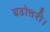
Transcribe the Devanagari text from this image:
बढोत्तरी।